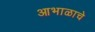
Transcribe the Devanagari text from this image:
आभाळाचे